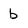
Character: b